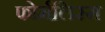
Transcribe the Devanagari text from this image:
फोर्मलिस्म